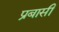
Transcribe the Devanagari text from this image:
प्रबासी